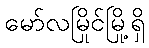
မော်လမြိုင်မြို့ရှိ